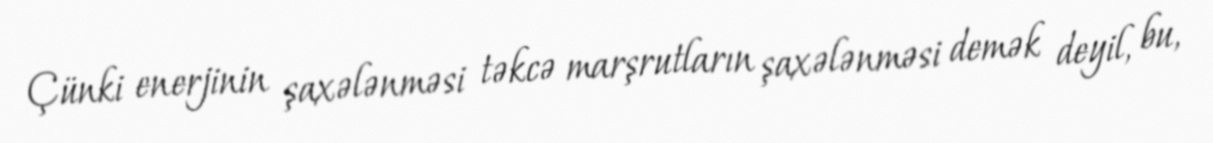
Çünki enerjinin şaxələnməsi təkcə marşrutların şaxələnməsi demək deyil, bu,